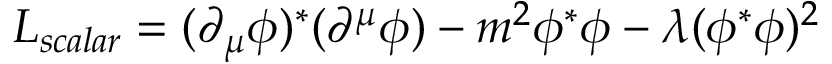
{ \cal L } _ { s c a l a r } = ( \partial _ { \mu } \phi ) ^ { \ast } ( \partial ^ { \mu } \phi ) - m ^ { 2 } \phi ^ { \ast } \phi - \lambda ( \phi ^ { \ast } \phi ) ^ { 2 }